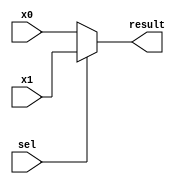
`timescale 1ns / 1ps
//////////////////////////////////////////////////////////////////////////////////
// Company: 
// Engineer: 
// 
// Design Name: 
// Module Name:    mux2 
// Project Name: 
// Target Devices: 
// Tool versions: 
// Description: 
//
// Dependencies: 
//
// Revision: 
// Revision 0.01 - File Created
// Additional Comments: 
//
//////////////////////////////////////////////////////////////////////////////////
module mux2(
	input [31:0] x0,
	input [31:0] x1,
	input sel,
	output [31:0] result
    );//s
	assign result = (sel == 1'b0) ? x0 : 
						(sel == 1'b1) ? x1 :
						32'h0000_0000; //error

endmodule